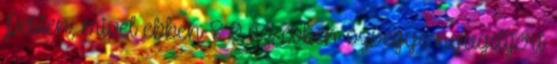
Pesten, mivel ebben 8 9 az évben özvegye nyugdíjért